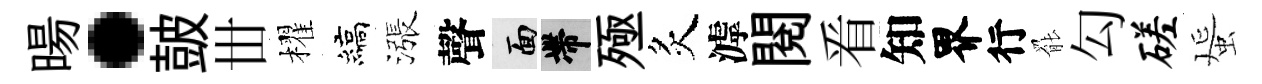
暘·皷丗櫂縞漲聲面帶殛炙滹閲㸔知界行罷勾磋蜑